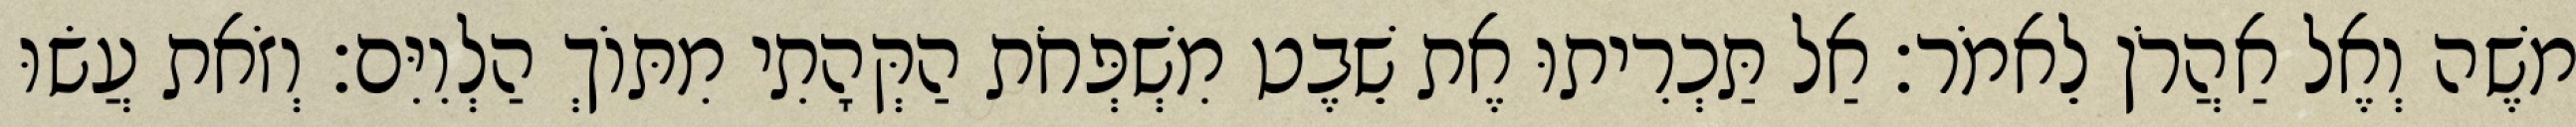
משֶׁה וְאֶל אַהֲרֹן לֵאמֹר׃ אַל תַּכְרִיתוּ אֶת שֵׁבֶט מִשְׁפְּחֹת הַקְּהָתִי מִתּוֹךְ הַלְוִיִּם׃ וְזֹאת עֲשׂוּ